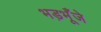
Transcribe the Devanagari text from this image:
भड़भूँजे